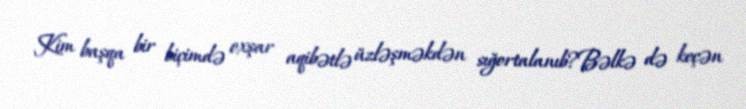
Kim başqa bir biçimdə oxşar aqibətlə üzləşməkdən sığortalanıb?Bəlkə də keçən